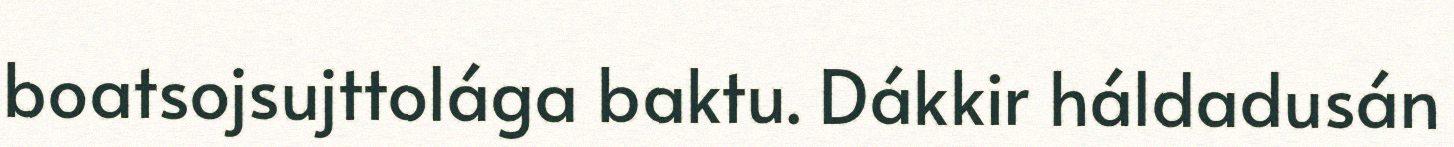
boatsojsujttolága baktu. Dákkir háldadusán